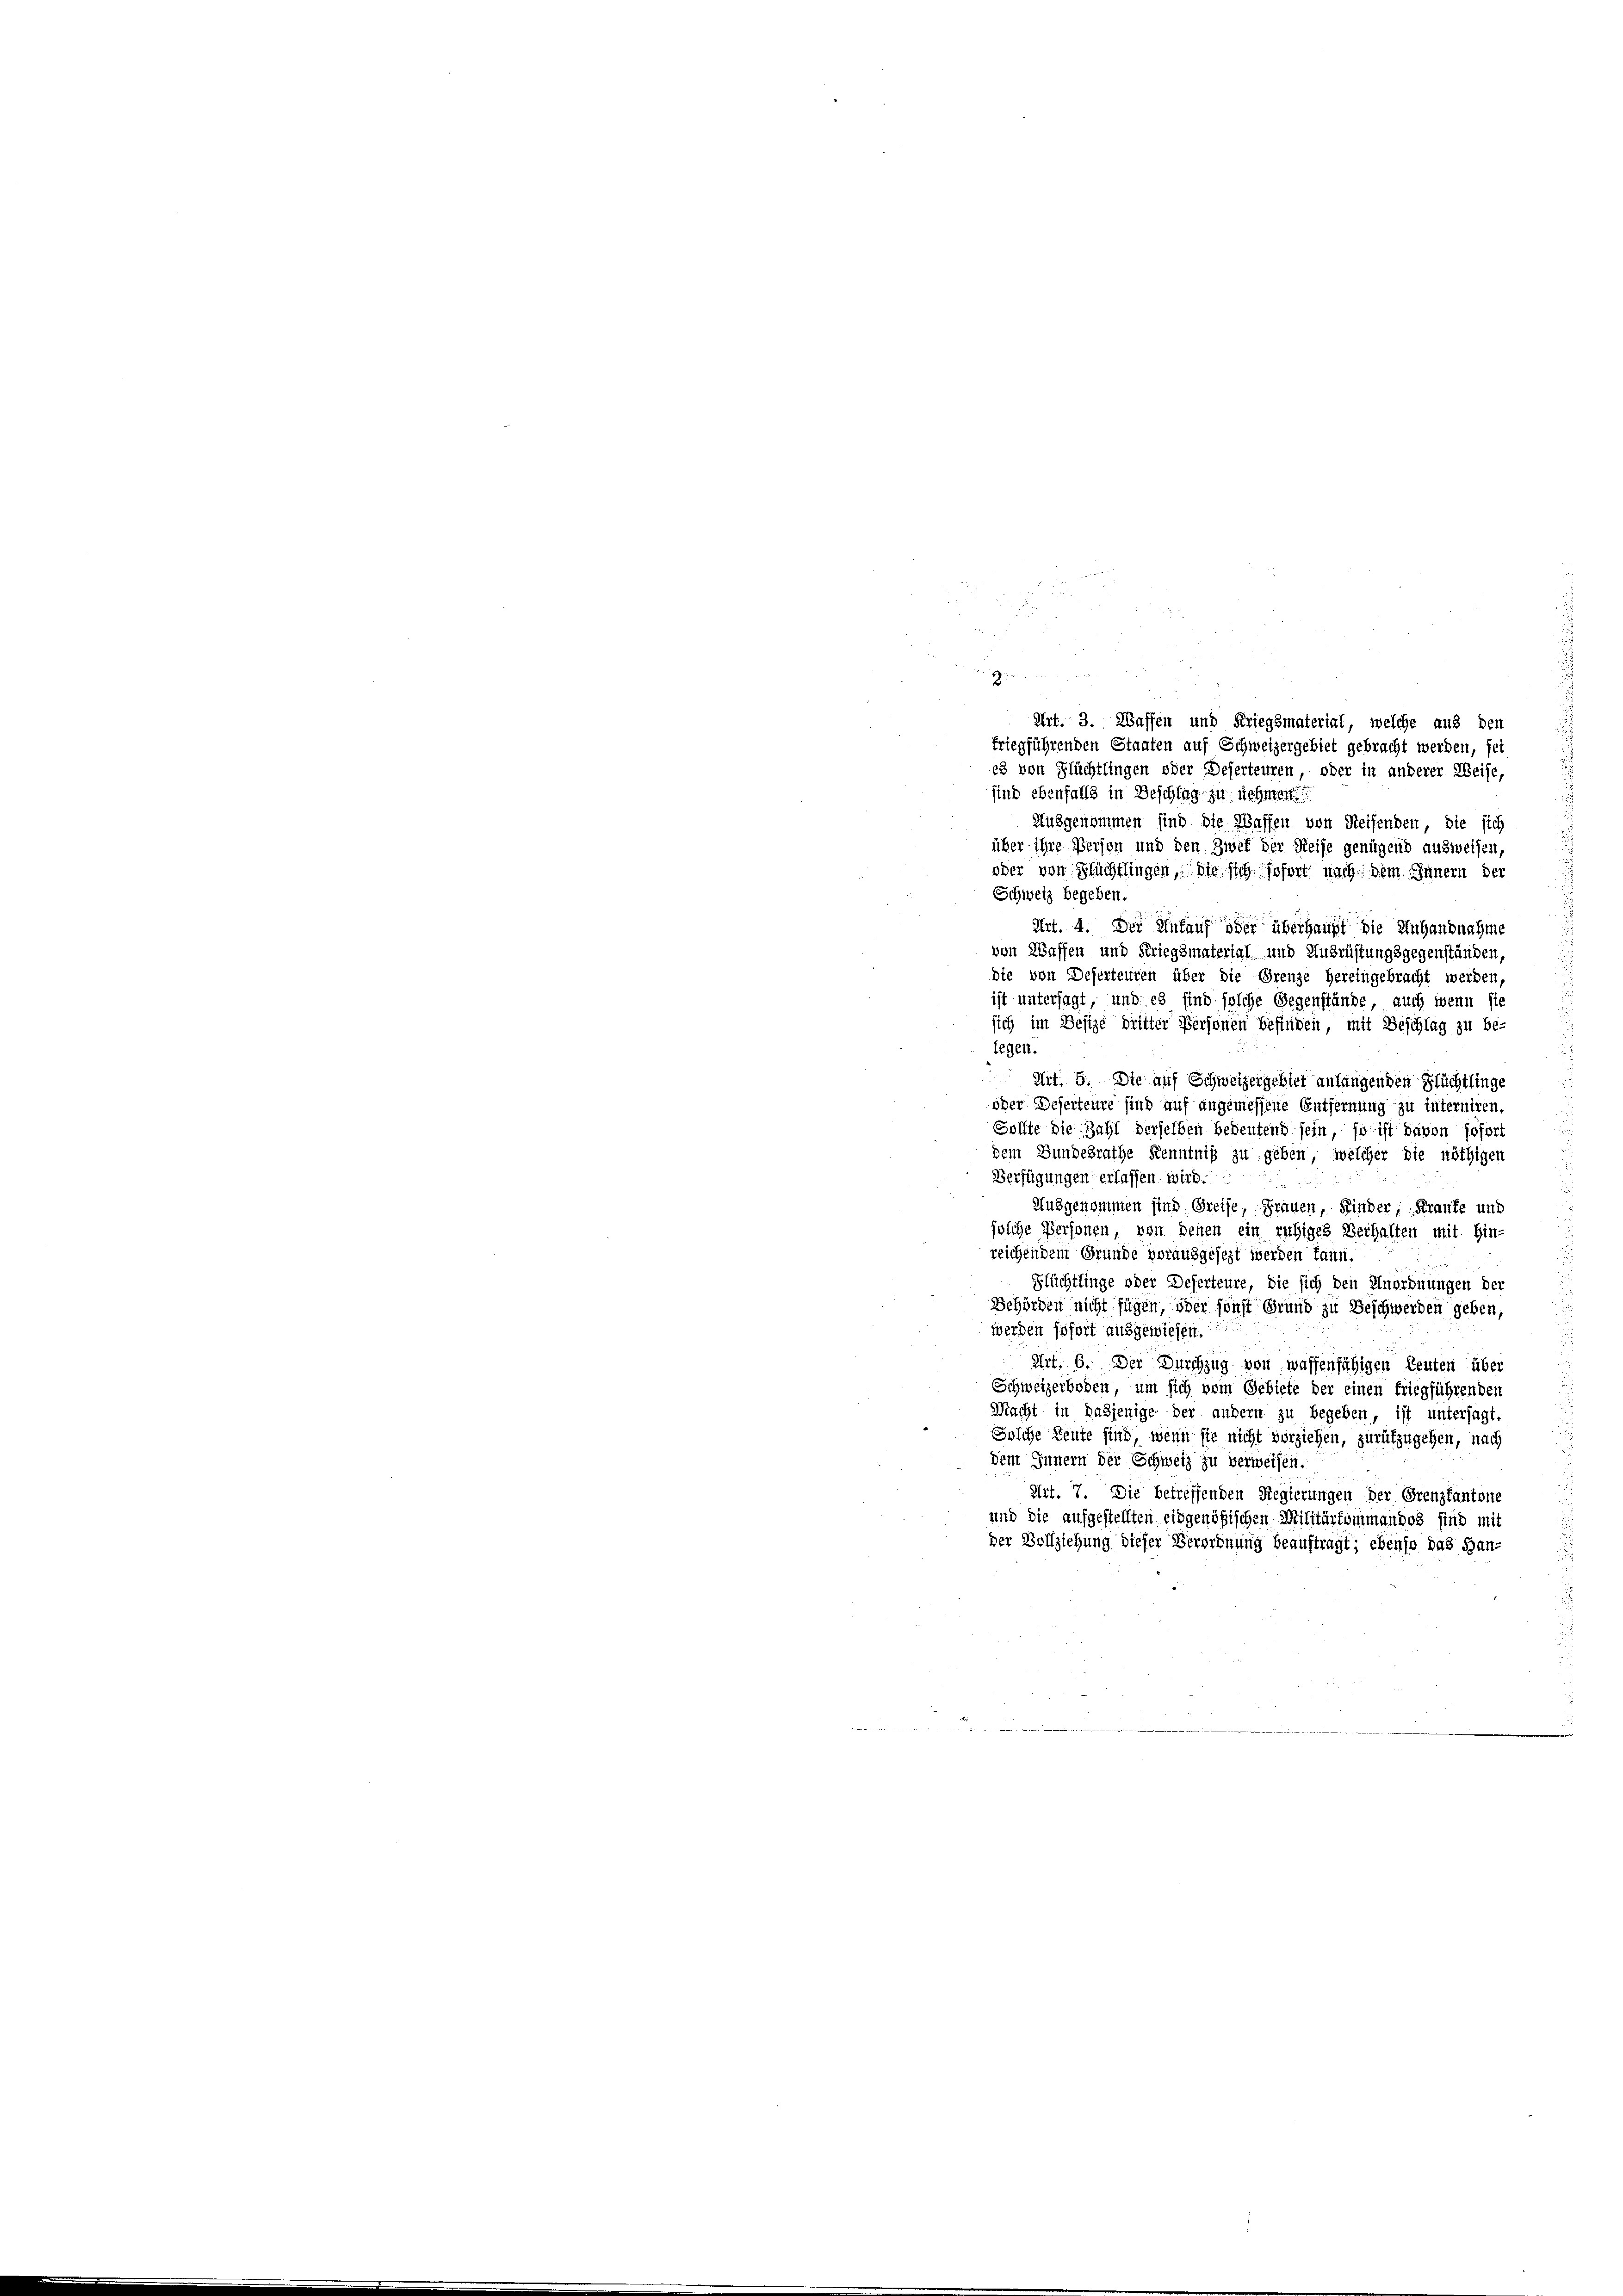
Seen zu den

Art. 3. Wassen und Kriegsmaterial, welche aus den
friegführenden Staaten auf Schweizergebiet gebracht werden, sei
es von Flüchtlingen oder Deserteuren, oder in anderer Weise,
sind ebenfalls in Beschlag zu nehmen.
Ausgenommen sind die Waffen von Reisenden, die sich
über ihre Person und den Zwek der Reise genügend ausweisen,
oder von Flüchtlingen, die sich sofort nach dem Jänern der
Schweiz begeben.
Art. 4. Der Einkauf oder überhaupt die Anhandnahme
von Waffen und Kriegsmaterial und Ausrüstungsgegenständen,
die von Deferteuren über die Grenze hereingebracht werden,
ist untersagt, und es sind solche Gegenstände, auch wenn sie
sich im Besize dritter Personen befinden, mit Beschlag zu be-
legen.
2
Art. 5. Die auf Schweizergebiet anfangenden Flüchtlinge
oder Deserteure sind auf angemessene Entfernung zu interniren.
Sollte die Zahl derselben bedeutend sein, so ist davon sofort
dem Bundesrathe Kenntniß zu geben, welcher die nöthigen
Verfügungen erlassen wird.
Ausgenommen sind Greise, Frauen, Kinder, Kranke und
solche Personen, von denen ein ruhiges Verhalten mit Hin-
reichendem Grunde vorausgesezt werden kann.
Flüchtlinge oder Deserteure, die sich den Unordnungen der
Behörden nicht fügen, oder sonst Grund zu Beschwerden geben,
werden sofort ausgewiesen.
Art: 6. Der Durchzug von waffenfähigen Leuten über
Schweizerboten, um sich vom Gebiete der einen friegführenden
Macht in dasjenige der andern zu begeben, ist untersagt.
Solche Leute sind, wenn sie nicht vorziehen, zurükzugehen, nach
dem Innern der Schweiz zu verweisen.
Art. 7. Die betreffenden Regierungen der Grenzkantone
und die aufgestellten eidgenößischen Militärtommandos sind mit
der Vollziehung dieser Verordnung beauftragt; ebenso das Han¬